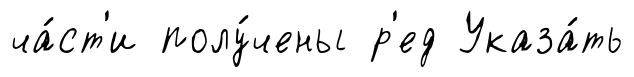
ча́ст'и полу́чены р'ед Указа́ть